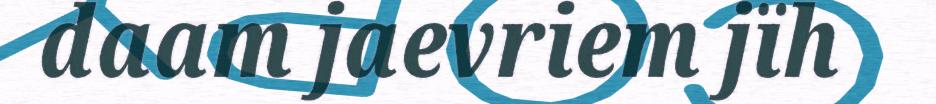
daam jaevriem jïh